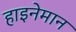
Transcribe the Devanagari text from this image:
हाइनेमान